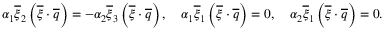
\begin{array} { r } { \alpha _ { 1 } \overline { { \xi } } _ { 2 } \left( \overline { { \xi } } \cdot \overline { { q } } \right) = - \alpha _ { 2 } \overline { { \xi } } _ { 3 } \left( \overline { { \xi } } \cdot \overline { { q } } \right) , \quad \alpha _ { 1 } \overline { { \xi } } _ { 1 } \left( \overline { { \xi } } \cdot \overline { { q } } \right) = 0 , \quad \alpha _ { 2 } \overline { { \xi } } _ { 1 } \left( \overline { { \xi } } \cdot \overline { { q } } \right) = 0 . } \end{array}